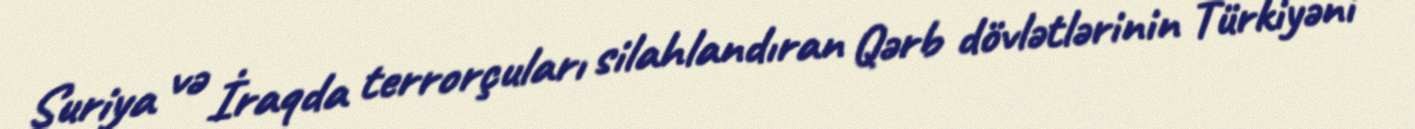
Suriya və İraqda terrorçuları silahlandıran Qərb dövlətlərinin Türkiyəni